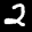
Label: 2